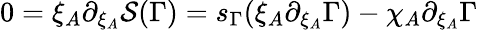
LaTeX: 0=\xi_{A}\partial_{\xi_{A}}{\cal S}(\Gamma)=s_{\Gamma}(\xi_{A}\partial_{\xi_{A}}\Gamma)-\chi_{A}\partial_{\xi_{A}}\Gamma